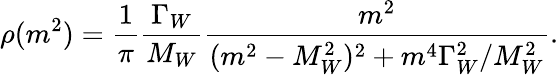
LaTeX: \rho(m^{2})={\frac{1}{\pi}}{\frac{\Gamma_{W}}{M_{W}}}{\frac{m^{2}}{(m^{2}-M_{W}^{2})^{2}+m^{4}\Gamma_{W}^{2}/M_{W}^{2}}}.